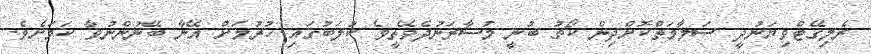
ރެލިގޭޓްވިޔަނުދީ ސަލާމަތްކޮށްދިން ކޯޗު ބުނީ މުސާރަނުދެވޭތީވެ ކުލަބުގައި ހުރުމަށް އޭނާ ބޭނުންނުވާ ކަމަށެވެ.